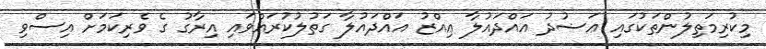
މިކުރިމަތިލުންތަކުގައި ޢަޟުދު އައްދައުލާ ޢިއްޒު އައްދައުލާ ގަތުލުކުރައްވައި އިރާގު ގެ ވެރިކަމަށް އިސްވި